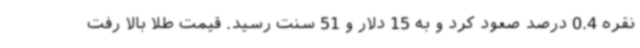
نقره 0.4 درصد صعود کرد و به 15 دلار و 51 سنت رسید. قیمت طلا بالا رفت